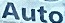
AUTO